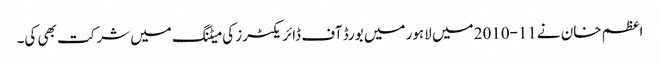
اعظم خان نے11-2010 میں لاہور میں بورڈ آف ڈائریکٹرز کی میٹنگ میں شرکت بھی کی۔